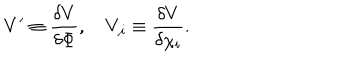
LaTeX: V ^ { \prime } \equiv \frac { \delta V } { \delta \Phi } , V _ { , i } \equiv \frac { \delta V } { \delta \chi _ { i } } .